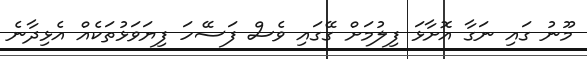
މޫނު ގައި ނަގާ އޮށާޅަ ފިލުުމަށް ގޭގައި ވެސް ފަސޭހަ ފިޔަވަޅުތަކެއް އެޅިދާނެ